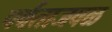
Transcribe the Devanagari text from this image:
पर्वताजवळ